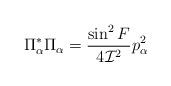
LaTeX: \begin{align*}\Pi^{*}_{\alpha}\Pi_{\alpha}=\frac{\sin^{2}F}{4{\cal I}^{2}}p_{\alpha}^{2} \end{align*}